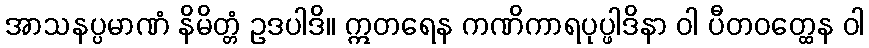
အာသနပ္ပမာဏံ နိမိတ္တံ ဥဒပါဒိ။ ဣတရေန ကဏိကာရပုပ္ဖါဒိနာ ဝါ ပီတဝတ္ထေန ဝါ